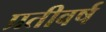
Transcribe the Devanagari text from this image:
प्रतीवर्ष